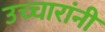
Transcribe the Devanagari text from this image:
उच्चारांनी